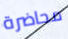
محاضرة